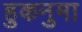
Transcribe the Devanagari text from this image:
हुकनुमा